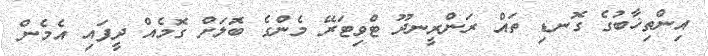
އިންތިޚާބުގެ ގޮނޑި ތައް ރަންރީނދޫ ޓްވިޓަރޭ މެންގެ ބޮަލަށް ގޮމެއް ދީފައި އެމެން